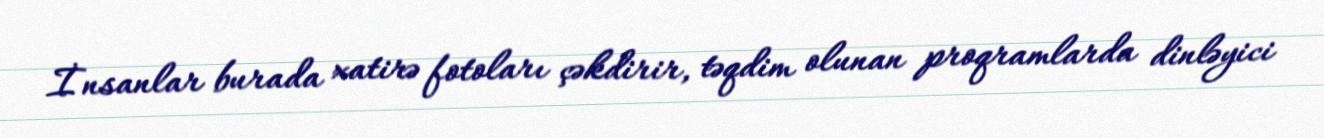
İnsanlar burada xatirə fotoları çəkdirir, təqdim olunan proqramlarda dinləyici